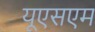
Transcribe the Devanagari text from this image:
यूएसएम